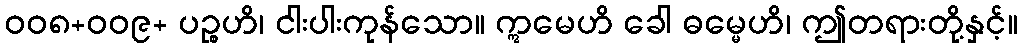
ဝဝ၈+ဝဝ၉+ ပဉ္စဟိ၊ ငါးပါးကုန်သော။ ဣမေဟိ ခေါ ဓမ္မေဟိ၊ ဤတရားတို့နှင့်။